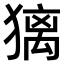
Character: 𤡢